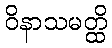
ဝိနာသမတ္ထိ